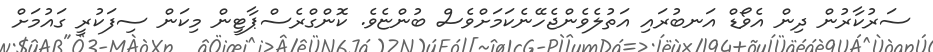
ސަރުކާރުން ދިން އެވޯޑް އަނބުރައި އަތުލެވެންޖެހޭނެކަމަށްވެސް ބުންޏެވެ. ކޮންގްރެސްޕާޓީން މިކަން ސިފަކުރީ ގައުމަށް